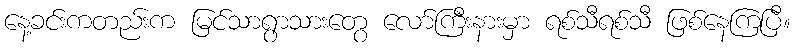
နေ့ခင်းကတည်းက မြင်သာရွာသားတွေ လော်ကြီးနားမှာ ရစ်သီရစ်သီ ဖြစ်နေကြပြီ။